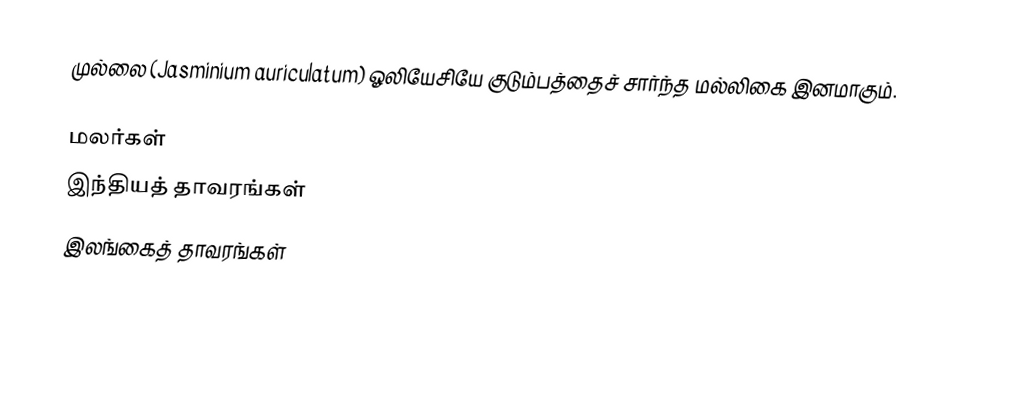
முல்லை (Jasminium auriculatum) ஓலியேசியே குடும்பத்தைச் சார்ந்த மல்லிகை இனமாகும்.

மலர்கள்
இந்தியத் தாவரங்கள்
இலங்கைத் தாவரங்கள்